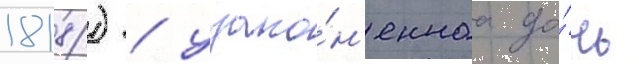
1818) / узако́н'еннаа до́чь